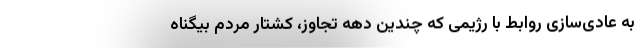
به عادی‌سازی روابط با رژیمی که چندین دهه تجاوز، کشتار مردم بیگناه